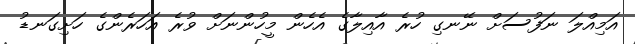
އަމިއްލަ ނަފުސަށް ނޭނގި ހުރެ އާއިލާގެ އެހެން މީހުންނަށް ވުރެ އަހަރެންގެ ހަށިގަނޑު